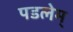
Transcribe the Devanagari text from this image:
पडलेम्